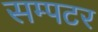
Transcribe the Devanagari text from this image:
सम्पटर